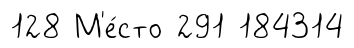
128 М'е́сто 291 184314